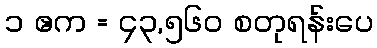
၁ ဧက = ၄၃,၅၆၀ စတုရန်းပေ